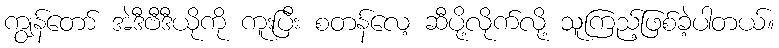
ကျွန်တော် အဲဒီဗီဒီယိုကို ကူးပြီး စတန်လေ့ ဆီပို့လိုက်လို့ သူကြည့်ဖြစ်ခဲ့ပါတယ်။